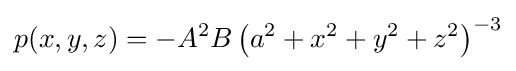
p(x,y,z)=-A^{2}B\left(a^{2}+x^{2}+y^{2}+z^{2}\right)^{-3}